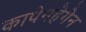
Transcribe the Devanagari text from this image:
कापेनहेगेन